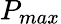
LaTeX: P_{max}